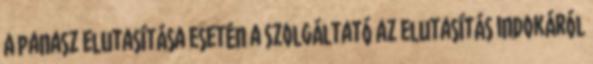
A panasz elutasítása esetén a Szolgáltató az elutasítás indokáról